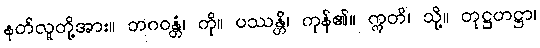
နတ်လူတို့အား။ ဘဂဝန္တံ၊ ကို။ ပဿန္တိ၊ ကုန်၏။ ဣတိ၊ သို့။ တုဋ္ဌဟဋ္ဌာ၊